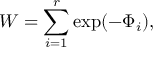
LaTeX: W = \sum _ { i = 1 } ^ { r } \mathrm { e x p } ( - \Phi _ { i } ) ,